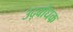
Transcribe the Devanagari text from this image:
उद्‍बोधक